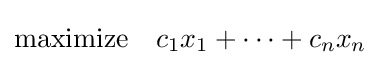
{\text{maximize}}~~~c_{1}x_{1}+\cdots +c_{n}x_{n}